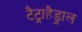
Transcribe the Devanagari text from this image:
टैट्राहैड्राल